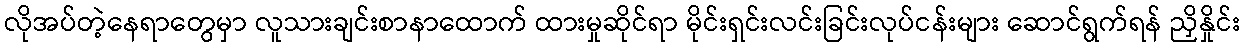
လိုအပ်တဲ့နေရာတွေမှာ လူသားချင်းစာနာထောက် ထားမှုဆိုင်ရာ မိုင်းရှင်းလင်းခြင်းလုပ်ငန်းများ ဆောင်ရွက်ရန် ညှိနှိုင်း